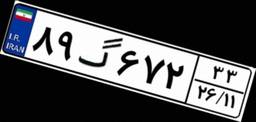
۸۹گ۶۷۲۳۳